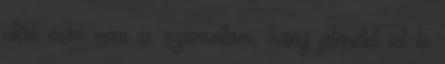
után már nem is számoltam, hány jelenetet írt le